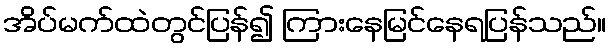
အိပ်မက်ထဲတွင်ပြန်၍ ကြားနေမြင်နေရပြန်သည်။